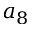
a _ { 8 }